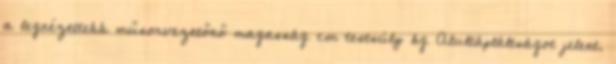
a legnézettebb műsorvezetőnő magasság cm testsúly kg Alultápláltságot jelent.